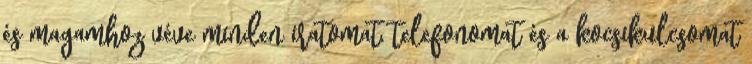
és magamhoz véve minden iratomat, telefonomat és a kocsikulcsomat